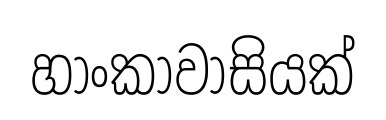
හාංකාවාසියක්